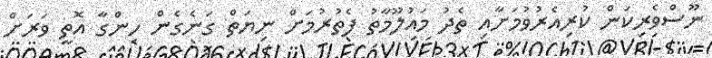
ނޫސްވެރިކަން ކުރިއެރުވުމަށާއި ތެދު މައުލޫމާތު ފެތުރުމަށް ނިޔަތް ގަނެގެން ހިންގާ އޮތީ ވަރަށް